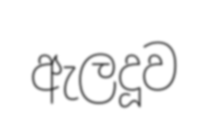
ඇලදූව